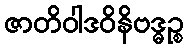
ဇာတိဝါဒဝိနိဗဒ္ဓဉ္စ